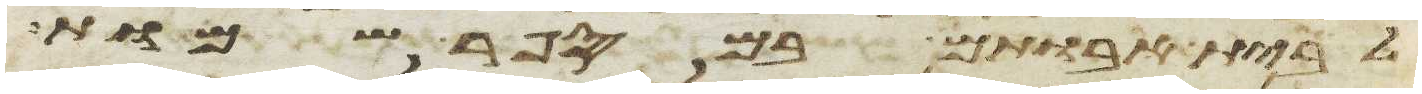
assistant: לבית אבותם במספר שמות